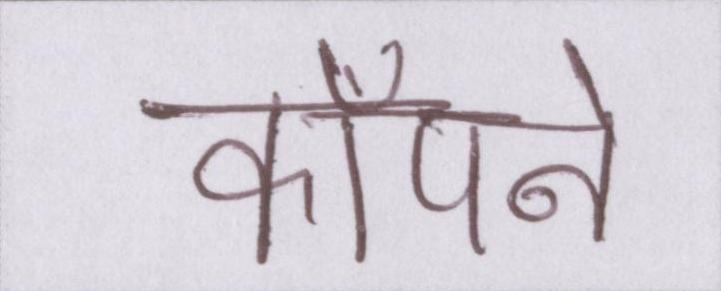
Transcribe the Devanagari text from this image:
काँपने